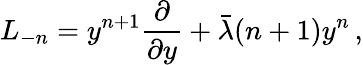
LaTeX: L_{-n}=y^{n+1}{\frac{\partial}{\partial y}}+\bar{\lambda}(n+1)y^{n}\, ,